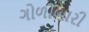
ગોળીબારી